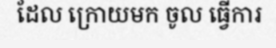
ដែល ក្រោយមក ចូល ធ្វើការ